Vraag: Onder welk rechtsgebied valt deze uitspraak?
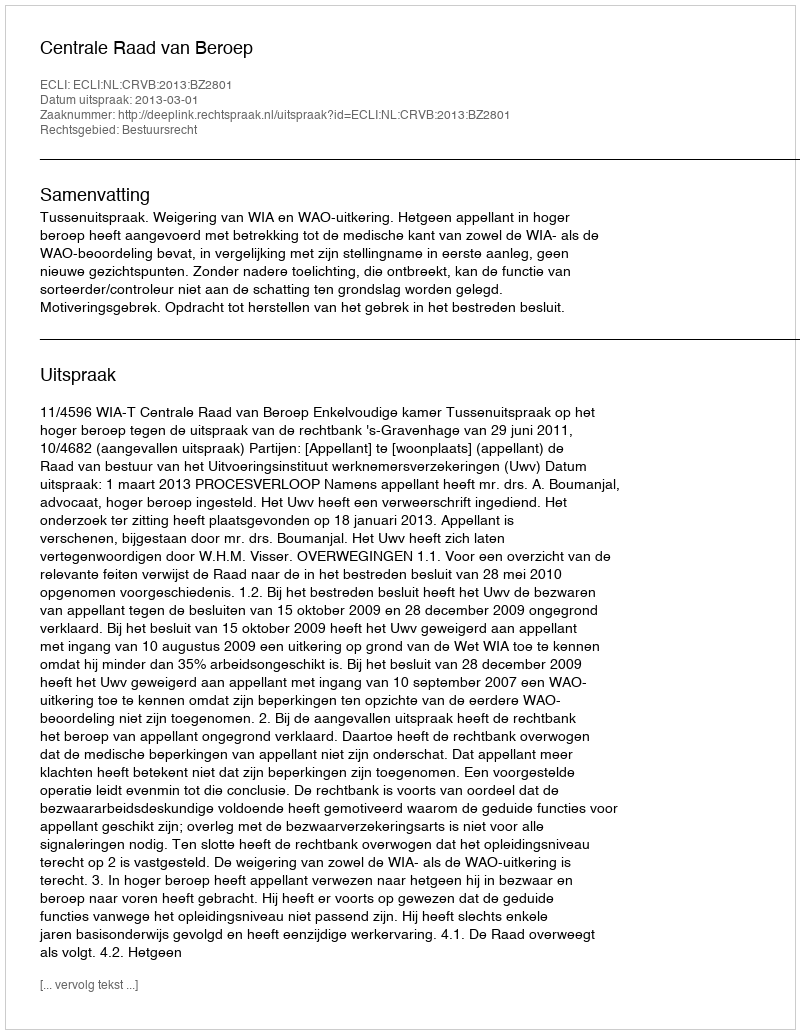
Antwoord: Bestuursrecht